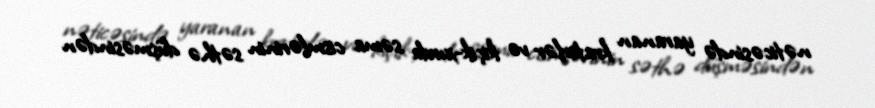
nəticəsində yaranan kraterlər və kiçik-xırda səma cismlərinin səthə düşməsindən